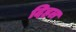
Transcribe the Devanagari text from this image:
दिहल